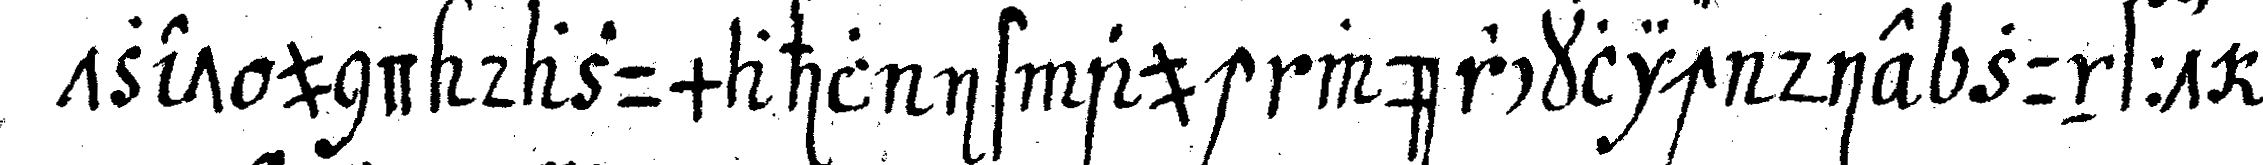
tzet und dazumahl ist auch würcklich die zunfft